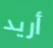
أريد